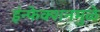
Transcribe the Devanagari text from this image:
इंन्फेक्शनमुळे